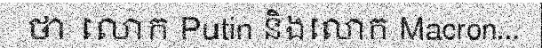
ថា លោក Putin និងលោក Macron...